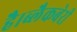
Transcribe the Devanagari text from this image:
है।ब्लैकबेरी